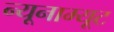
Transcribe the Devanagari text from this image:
न्यूनाम्यूट